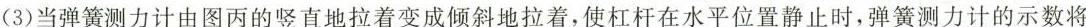
( 3 ) 当弹簧测力计由图丙的竖直地拉着变成倾斜地拉着，使杠杆在水平位置静止时，弹簧测力计的示数将